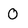
Character: 0